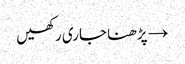
→ پڑھنا جاری رکھیں